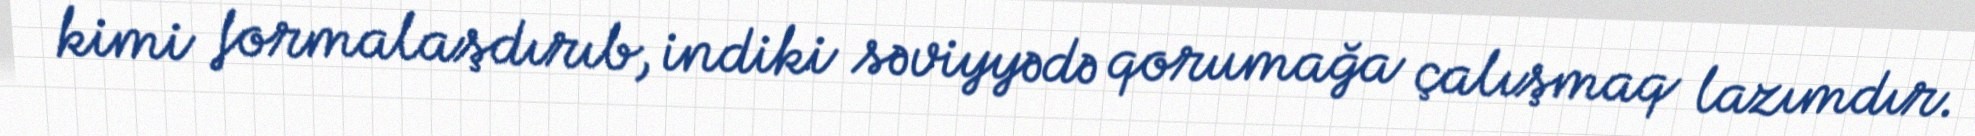
kimi formalaşdırıb, indiki səviyyədə qorumağa çalışmaq lazımdır.